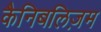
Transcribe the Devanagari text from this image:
कैनिबलिज़म